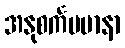
အနုစင်္ကမမာနာ